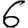
Digit: 6